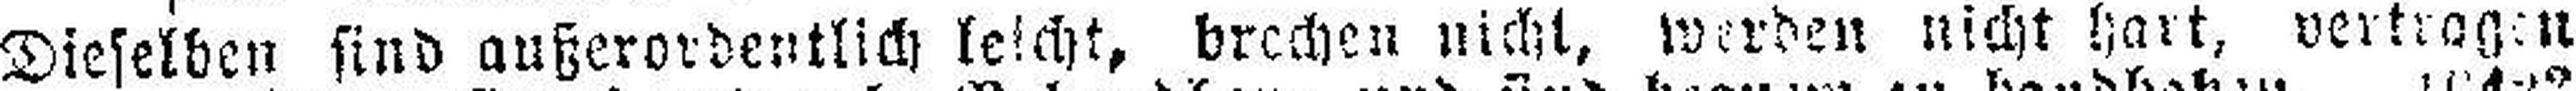
Dieselben sind außerordentlich leicht, brechen nicht, werden nicht hart, vertragen